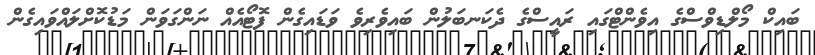
ބައިކް މޯލްޑިވްސްގެ އިވެންޓްގައި ރައީސްގެ ދެކަނބަލުން ބައިވެރިވެ ވަޑައިގެން ފޮޓޯއެއް ނަންގަވަން މަޑުކޮށްލައްވައިގެން